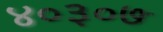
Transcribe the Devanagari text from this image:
४०३०७